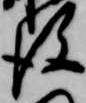
後